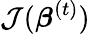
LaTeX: {\mathcal{J}}({\boldsymbol{\beta}}^{(t)})